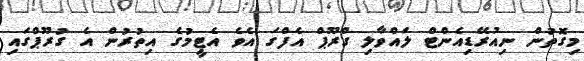
މިގޮތުން ނިއުރޭޑިއެންޓް ލައްވާލި ގްރޫޕް އެފްގަ އެވެ އެޓީމުގެ އިތުރުން އެ ގުރޫޕްގައި